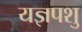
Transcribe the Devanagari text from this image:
यज्ञपशु